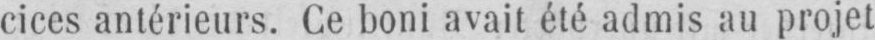
cices antérieurs. Ce boni avait été admis au projet